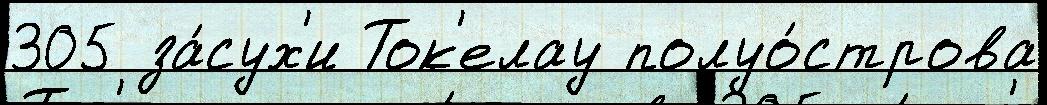
305 за́сух'и Ток'елау полуо́строва